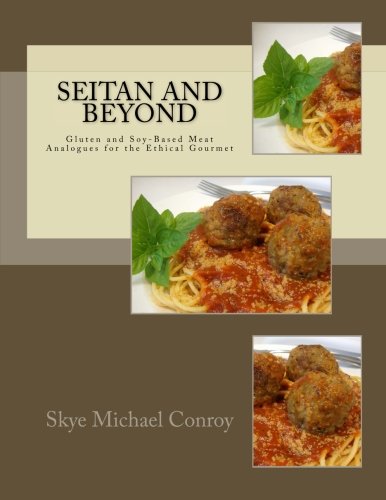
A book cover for Seitan and Beyond: Gluten and Soy-Based Meat Analogues for the Ethical Gourmet; Skye Michael Conroy; Cookbooks, Food & Wine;